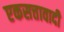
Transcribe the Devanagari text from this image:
एकसत्तावादी